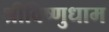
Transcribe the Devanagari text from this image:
श्रीविष्णुधाम